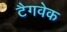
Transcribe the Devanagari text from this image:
टैगवेक